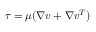
\tau = \mu ( \nabla v + \nabla v ^ { T } )